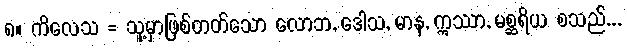
၈။ ကိလေသ = သူ့မှာဖြစ်တတ်သော လောဘ, ဒေါသ, မာန, ဣဿာ, မစ္ဆရိယ စသည်...